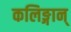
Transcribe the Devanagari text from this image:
कलिङ्गान्‌